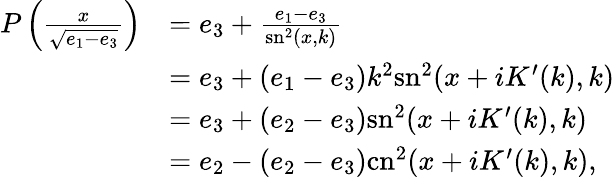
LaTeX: \begin{array}{rl}{P\left(\frac{x}{\sqrt{e_{1}-e_{3}}}\right)}&{=e_{3}+\frac{e_{1}-e_{3}}{\mathrm{sn}^{2}(x,k)}}\\ &{=e_{3}+(e_{1}-e_{3})k^{2}\mathrm{sn}^{2}(x+iK^{\prime}(k),k)}\\ &{=e_{3}+(e_{2}-e_{3})\mathrm{sn}^{2}(x+iK^{\prime}(k),k)}\\ &{=e_{2}-(e_{2}-e_{3})\mathrm{cn}^{2}(x+iK^{\prime}(k),k),}\end{array}